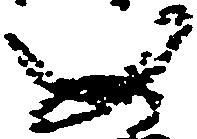
如